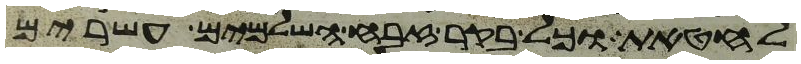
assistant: לחטאת וכל בקר זבח השלמים עשרים